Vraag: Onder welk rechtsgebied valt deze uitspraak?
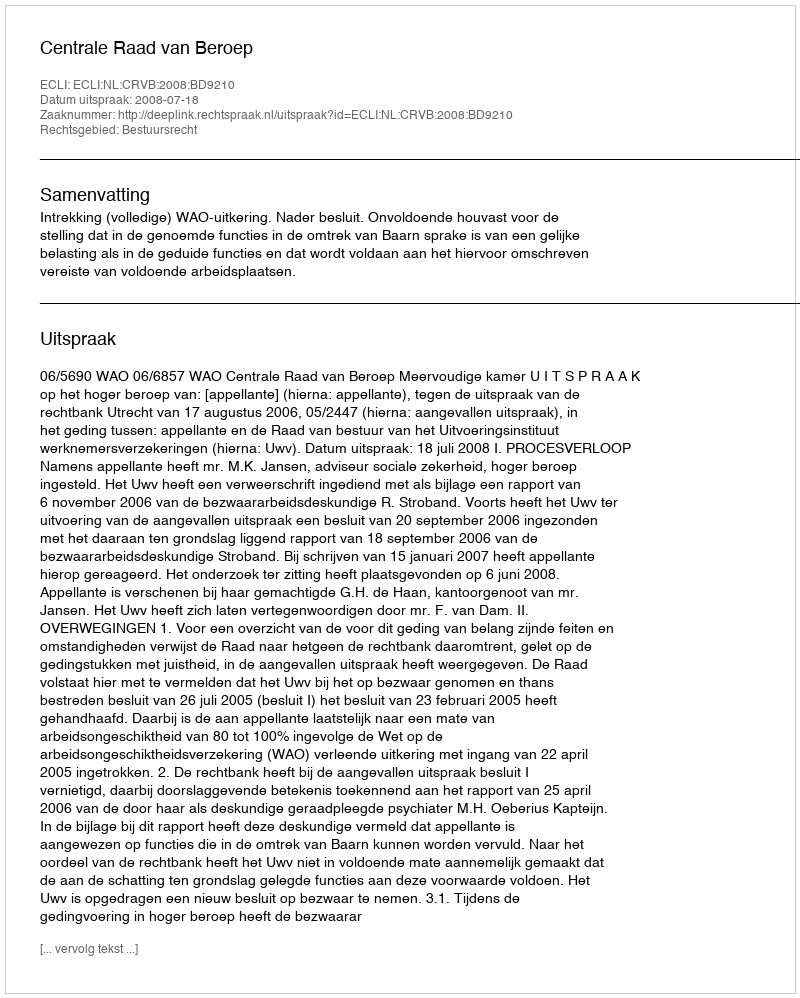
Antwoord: Bestuursrecht